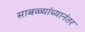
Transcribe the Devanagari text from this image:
साबळ्यांच्यानंतर